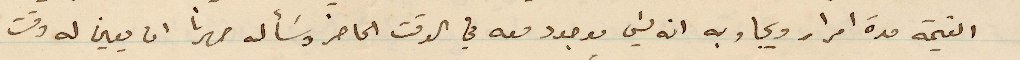
القيمة مدة امرار ويجاوبه انه ليس موجود معه في الوقت الحاضر وسأله صهرنا ان يعين له وقت